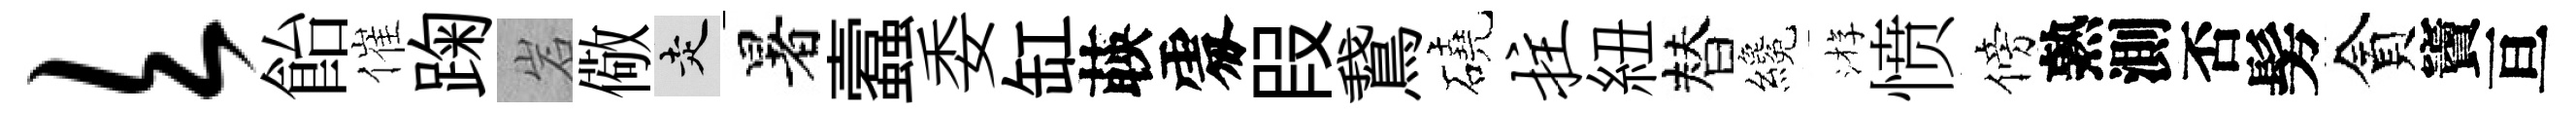
欠飴催踘岩儆走暑蠧委缸𦴤𠁅叚鵞磽拄紐替纔㳺愤傍熟測否髣貪竇亘